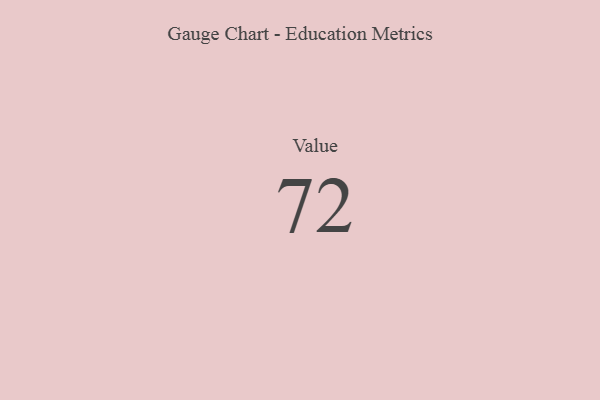
{"axis": {"x": "Metric", "y": "Value"}, "legend": [""], "data": [{"x": "Value", "y": 72, "type": ""}]}